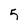
Character: 5